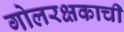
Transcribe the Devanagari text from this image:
गोलरक्षकाची